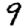
Digit: 9